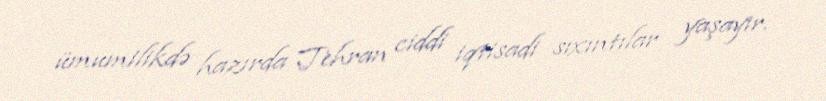
ümumilikdə hazırda Tehran ciddi iqtisadi sıxıntılar yaşayır.